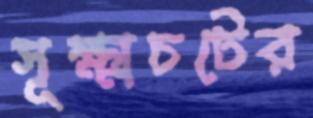
সূক্ষ্মচটের